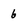
Character: 6